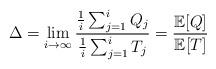
LaTeX: \begin{align*}\Delta = \lim_{i\rightarrow \infty} \frac{\frac{1}{i}\sum_{j=1}^{i}Q_j}{\frac{1}{i}\sum_{j=1}^{i}T_j} =\frac{\mathbb{E}[Q]}{ \mathbb{E}[T]}\end{align*}